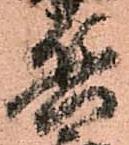
兵